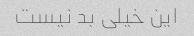
این خیلی بد نیست